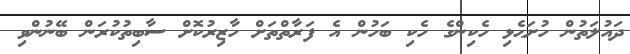
ދައުލަތުން ހުށަޙެޅި ހެކިންގެ ހެކި ބަހުން އެ ފަރާތްތަށް ހާޒިރުކޮށް ސާބިތުކުރަން ބޭނުންވި